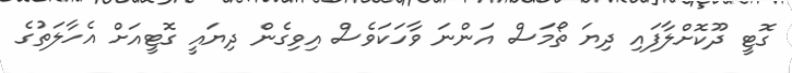
ގޮޓީ ދޫކޮށްލާފައި ދިޔަ ތޯމަސް އަންނަ ވާހަކަވެސް އިވިގެން ދިޔައީ ގޮޓީއަށް އެހާލަތުގެ